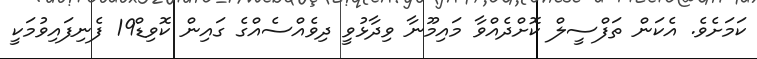
ކަމަށެވެ. އެކަން ތަފްސީލް ކޮށްދެއްވާ މައިމޫނާ ވިދާޅުވީ ދިވެއްސެއްގެ ގައިން ކޮވިޑް19 ފެނިފައިވުމަކީ